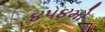
૪૫૪મો